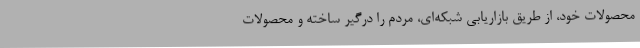
محصولات خود، از طریق بازاریابی شبکه‌ای، مردم را درگیر ساخته و محصولات